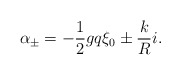
\begin{align*}\alpha_\pm = - {1 \over 2}gq\xi_0 \pm {k \over R }i.\end{align*}